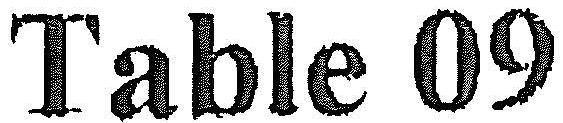
TABLE 09